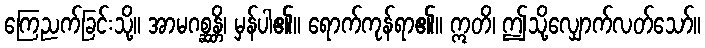
ကြေညက်ခြင်းသို့။ အာမဂစ္ဆန္တိ၊ မှန်ပါ၏။ ရောက်ကုန်ရာ၏။ ဣတိ၊ ဤသို့လျှောက်လတ်သော်။